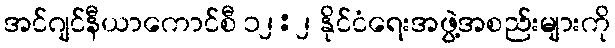
အင်ဂျင်နီယာကောင်စီ ၁၂:၂ နိုင်ငံရေးအဖွဲ့အစည်းများကို